Vaccination in Bombay 1869-1873 - 1869-1873
Year: 1869
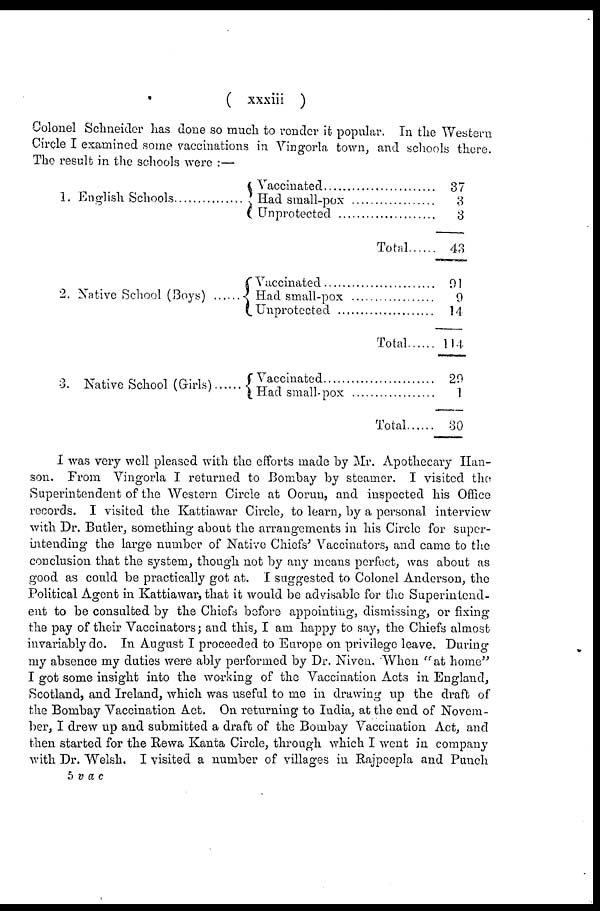
( xxxiii )
Colonel Schneider has done so much to render it popular. In the Western
Circle I examined some vaccinations in Vingorla town, and schools there.
The result in the schools were :—
1. English Schools
2. Native School (Boys)
......
3. Native School (Girls)
Vaccinated ...................
Had small-pox .............
Unprotected .................
Total
Vaccinated ..................
Had small-pox .............
Unprotected..................
Total
Vaccinated ...................
Had small-pox .............
Total .........
37
3
3
43
91
9
14
114
29
1
30
I was very well pleased with the efforts made by Mr. Apothecary Han-
son. From Vingorla I returned to Bombay by steamer. I visited the
Superintendent of the Western Circle at Oorun, and inspected his Office
records. I visited the Kattiawar Circle, to learn, by a personal interview
with Dr. Butler, something about the arrangements in his Circle for super-
intending the large number of Native Chiefs' Vaccinators, and came to the
conclusion that the system, though not by any means perfect, was about as
good as could be practically got at. I suggested to Colonel Anderson, the
Political Agent in Kattiawar, that it would be advisable for the Superintend-
ent to be consulted by the Chiefs before appointing, dismissing, or fixing
the pay of their Vaccinators; and this, I am happy to say, the Chiefs almost
invariably do. In August I proceeded to Europe on privilege leave. During
my absence my duties were ably performed by Dr. Niven. When "at home"
I got some insight into the working of the Vaccination Acts in England,
Scotland, and Ireland, which was useful to me in drawing up the draft of
the Bombay Vaccination Act. On returning to India, at the end of Novem-
ber, I drew up and submitted a draft of the Bombay Vaccination Act, and
then started for the Rewa Kanta Circle, through which I went in company
with Dr. Welsh. I visited a number of villages in Rajpeepla and Punch
5 v a c